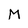
Character: M